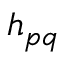
h _ { p q }